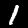
Label: 1